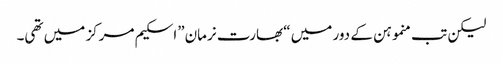
لیکن تب منموہن کے دور میں “بھارت نرمان”اسکیم مرکز میں تھی۔